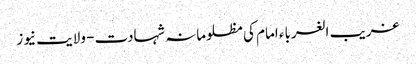
غریب الغرباء امام کی مظلومانہ شہادت - ولایت نیوز